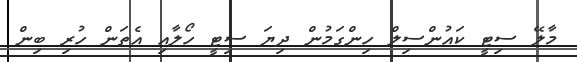
މާލޭ ސިޓީ ކައުންސިލް ހިންގަމުން ދިޔަ ސިޓީ ހޯލާއި އެތަން ހުރި ބިން